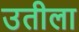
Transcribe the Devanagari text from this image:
उतीला